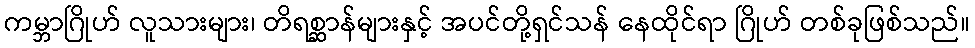
ကမ္ဘာဂြိုဟ် လူသားများ၊ တိရစ္ဆာန်များနှင့် အပင်တို့ရှင်သန် နေထိုင်ရာ ဂြိုဟ် တစ်ခုဖြစ်သည်။